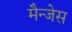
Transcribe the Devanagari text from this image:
मैन्जेस